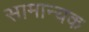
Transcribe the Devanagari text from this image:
सामान्यक